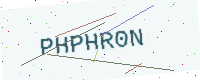
Text: PHPHR0N